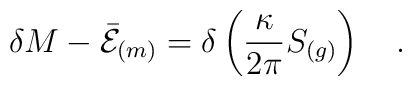
\delta M-\bar{\cal E}_{(m)}=\delta\left({\kappa \over2\pi} S_{(g)}\right)~~~.